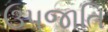
ઉપજાતિ